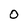
Character: 0